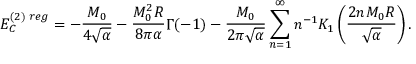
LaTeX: E _ { C } ^ { ( 2 ) \; r e g } = - \frac { M _ { 0 } } { 4 \sqrt { \alpha } } - \frac { M _ { 0 } ^ { 2 } R } { 8 \pi \alpha } \Gamma ( - 1 ) - \frac { M _ { 0 } } { 2 \pi \sqrt { \alpha } } \sum _ { n = 1 } ^ { \infty } n ^ { - 1 } K _ { 1 } \left( \frac { 2 n M _ { 0 } R } { \sqrt { \alpha } } \right) .